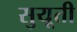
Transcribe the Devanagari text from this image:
सुयूती